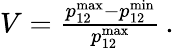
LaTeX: \begin{array}{r}{V=\frac{p_{12}^{\mathrm{max}}-p_{12}^{\mathrm{min}}}{p_{12}^{\mathrm{max}}}\, .}\end{array}